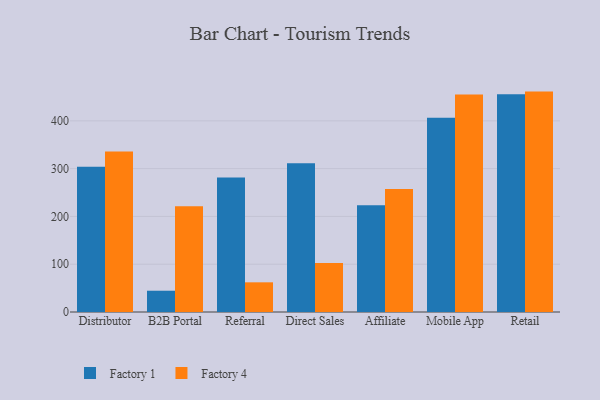
{"axis": {"x": "Channel", "y": "LTV (USD)"}, "legend": ["Factory 1", "Factory 4"], "data": [{"x": "Distributor", "y": 304.1, "type": "Factory 1"}, {"x": "Distributor", "y": 335.8, "type": "Factory 4"}, {"x": "B2B Portal", "y": 44.5, "type": "Factory 1"}, {"x": "B2B Portal", "y": 221.3, "type": "Factory 4"}, {"x": "Referral", "y": 281.4, "type": "Factory 1"}, {"x": "Referral", "y": 62.1, "type": "Factory 4"}, {"x": "Direct Sales", "y": 311.4, "type": "Factory 1"}, {"x": "Direct Sales", "y": 102.4, "type": "Factory 4"}, {"x": "Affiliate", "y": 223.5, "type": "Factory 1"}, {"x": "Affiliate", "y": 257.6, "type": "Factory 4"}, {"x": "Mobile App", "y": 406.4, "type": "Factory 1"}, {"x": "Mobile App", "y": 455.0, "type": "Factory 4"}, {"x": "Retail", "y": 455.6, "type": "Factory 1"}, {"x": "Retail", "y": 461.2, "type": "Factory 4"}]}